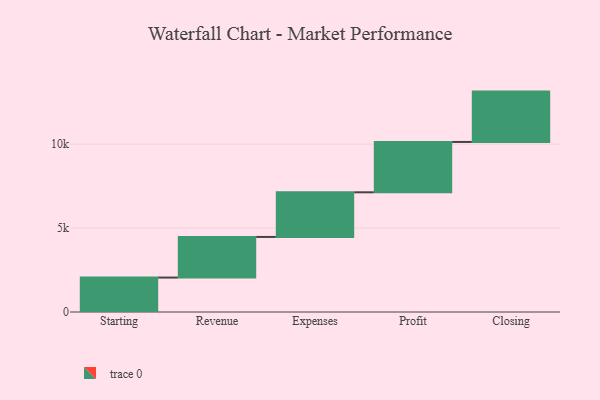
{"axis": {"x": "Step", "y": "Value"}, "legend": [""], "data": [{"x": "Starting", "y": 2052.0, "type": ""}, {"x": "Revenue", "y": 2420.0, "type": ""}, {"x": "Expenses", "y": 2660.0, "type": ""}, {"x": "Profit", "y": 3000, "type": ""}, {"x": "Closing", "y": 3000, "type": ""}]}